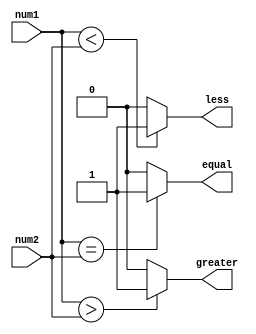
module inequality_comparator (
    input [7:0] num1,
    input [7:0] num2,
    output greater,
    output less,
    output equal
);
    
    assign greater = (num1 > num2) ? 1'b1 : 1'b0;
    assign less = (num1 < num2) ? 1'b1 : 1'b0;
    assign equal = (num1 == num2) ? 1'b1 : 1'b0;
    
endmodule